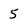
Character: 5